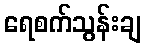
ရေစက်သွန်းချ